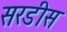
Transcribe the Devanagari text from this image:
सरडीस